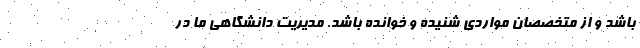
باشد و از متخصصان مواردی شنیده و خوانده باشد. مدیریت دانشگاهی ما در